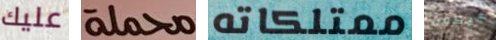
عليك محملة ممتلكاته سيكون